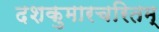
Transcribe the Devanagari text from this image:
दशकुमारचरितम्